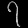
Digit: ၇